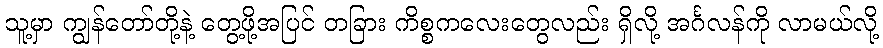
သူ့မှာ ကျွန်တော်တို့နဲ့ တွေ့ဖို့အပြင် တခြား ကိစ္စကလေးတွေလည်း ရှိလို့ အင်္ဂလန်ကို လာမယ်လို့